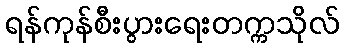
ရန်ကုန်စီးပွားရေးတက္ကသိုလ်